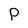
Character: P